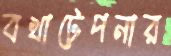
বখাটেপনার